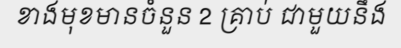
ខាងមុខមានចំនួន 2 គ្រាប់ ជាមួយនឹង